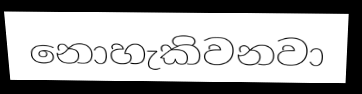
නොහැකිවනවා